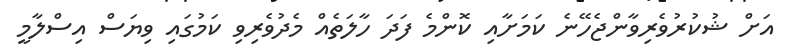
އަށް ޝުކުރުވެރިވާންޖެހޭނެ ކަމަށާއި ކޮންމެ ފަދަ ހާލަތެއް މެދުވެރިވި ކަމުގައި ވިޔަސް އިސްލާމީ